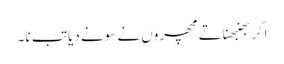
اگر بھنبھناتے مچھروں نے سونے دیا تب نا۔